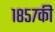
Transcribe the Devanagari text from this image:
१८५७की